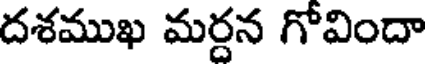
దశముఖ మర్దన గోవిందా